Lunatic asylums Punjab 1868-1880 - 1868-1880
Year: 1868
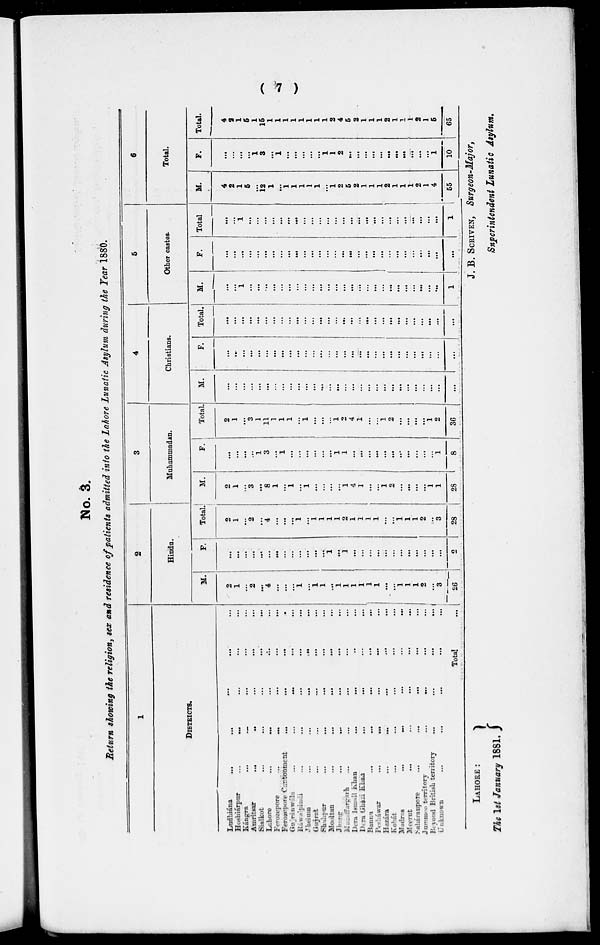
( 7 )
No. 3.
Return showing the religion, sex and residence of patients admitted into the Lahore Lunatic Asylum during the Year 1880.
1
DISTRICTS.
Ludhiána
...
...
...
...
Hoshiárpur
...
...
...
...
Kángra ... ... ... ...
Amritsar
...
...
...
...
...
Sialkot
...
...
...
...
...
...
Lahore
...
...
...
...
...
Ferozepore
...
...
...
...
...
Ferozepore Cantonment
...
...
...
...
Gujránwala
...
...
...
...
Ráwalpindi ... ... ... ...
Jhelum
...
...
...
...
Gujrat
...
...
...
...
...
Shahpur ... ... ... ... ...
Mooltan
...
...
...
...
...
Jhang
...
...
...
...
...
Muzaffargarh
...
...
...
...
...
Dera Ismail Khan
...
...
...
...
...
Dera Ghazi
Khan
...
...
...
...
Bannu
...
...
...
...
...
Pesháwar
...
...
...
...
...
Hazára
...
...
...
...
...
Kohát
...
...
...
...
...
Madras
...
...
...
...
...
Meerut
...
...
...
...
...
Saháranpore
...
...
...
...
...
Jummoo territory ... ... ... ...
Beyond British territory
...
...
...
...
Unknown
...
...
...
...
...
Total ...
2
Hindu.
M.
2
1
...
2
...
4
...
...
...
1
...
1
1
...
1
1
1
1
1
1
...
...
1
1
1
2
...
3
26
F.
...
...
...
...
...
...
...
...
...
...
...
...
...
1
...
1
...
...
...
...
...
...
...
...
...
...
...
...
2
Total.
2
1
...
2
...
4
...
...
...
1
...
1
1
1
1
2
1
1
1
1
...
...
1
1
1
2
...
3
28
3
Muhammadan.
M.
2
1
...
3
...
8
1
...
1
...
1
...
...
...
...
1
4
1
...
...
1
2
...
...
...
...
1
1
28
F.
...
...
...
...
1
3
...
1
...
...
...
...
...
...
1
1
...
...
...
...
...
...
...
...
...
...
...
1
8
Total.
2
1
...
3
1
11
1
1
1
...
1
...
...
...
1
2
4
1
...
...
1
2
...
...
...
...
1
2
36
4
Christians.
M.
...
...
...
...
...
...
...
...
...
...
...
...
...
...
...
...
...
...
...
...
...
...
...
...
...
...
...
...
...
F.
...
...
...
...
...
...
...
...
...
...
...
...
...
...
...
...
...
...
...
...
...
...
...
...
...
...
...
...
...
Total.
...
...
...
...
...
...
...
...
...
...
...
...
...
...
...
...
...
...
...
...
...
...
...
...
...
...
...
...
...
5
Other castes.
M.
...
...
1
...
...
...
...
...
...
...
...
...
...
...
...
...
...
...
...
...
...
...
...
...
...
...
...
...
1
F.
...
...
...
...
...
...
...
...
...
...
...
...
...
...
...
...
...
...
...
...
...
...
...
...
...
...
...
...
...
Total
...
...
1
...
...
...
...
...
...
...
...
...
...
...
...
...
...
...
...
...
...
...
...
...
...
...
...
...
1
6
Total.
M.
4
2
1
5
...
12
1
...
1
1
1
1
1
...
1
2
5
2
1
1
1
2
1
1
1
2
1
4
55
F.
...
...
...
...
1
3
...
1
...
...
...
...
...
1
1
2
...
...
...
...
...
...
...
...
...
...
...
1
10
Total.
4
2
1
5
1
15
1
1
1
1
1
1
1
1
2
4
5
2
1
1
1
2
1
1
1
2
1
5
65
LAHORE:
The 1st January 1881.
J. B. SCRIVEN, Surgeon-Major,
Superintendent Lunatic Asylum.